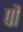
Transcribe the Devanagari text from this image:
पों